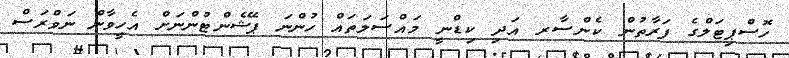
ހޮސްޕިޓަލްގެ ފަރާތުން ކެންސާރ އަދި ކިޑްނީ މައްސަލަތައް ހުންނަ ޕޭޝެންޓުންނަށް އެހީވާން ނަވްރަސް